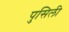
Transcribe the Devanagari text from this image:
पुसिली